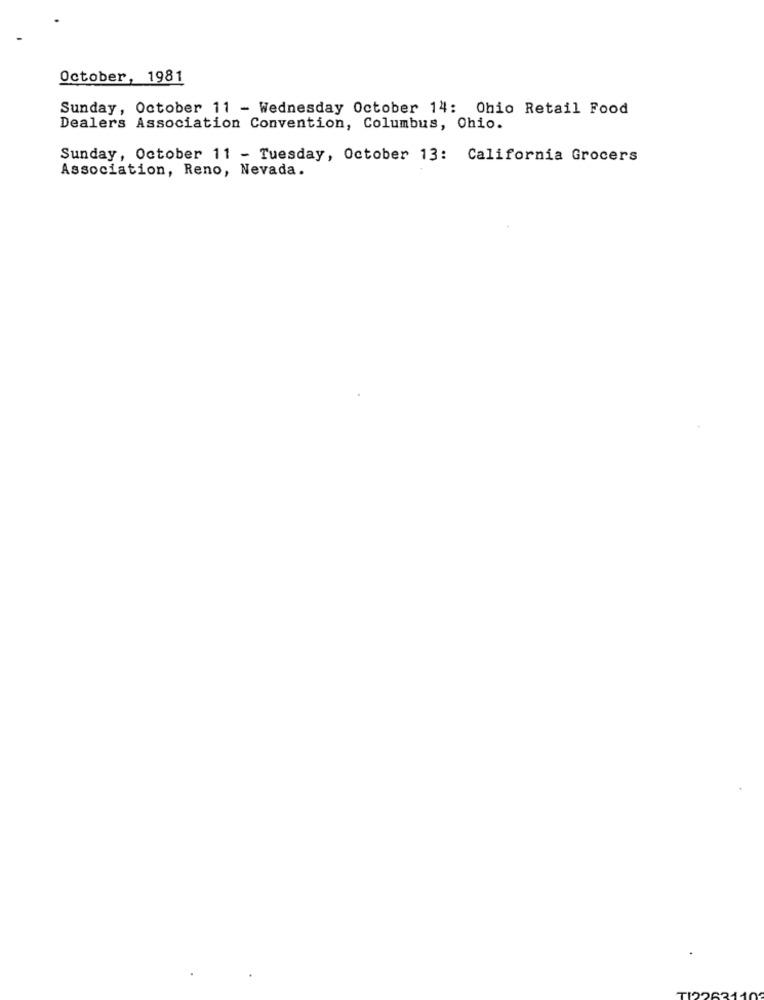
October, 1981
Sunday, October 11 - Wednesday October 14: Ohio Retail Food
Dealers Association Convention, Columbus, Ohio.
Sunday, October 11 - Tuesday, October 13: California Grocers
Association, Reno, Nevada.